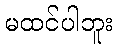
မထင်ပါဘူး